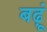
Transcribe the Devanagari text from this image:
बढ़ूं